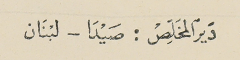
دير المخلص : صيدا - لبنان